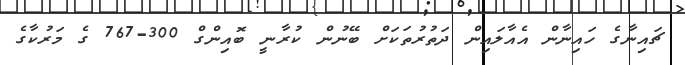
ޗައިނާގެ ހައިނާން އެއާލައިން ދަތުރުތަކަށް ބޭނުން ކުރާނީ ބޮއިންގް 300-767 ގެ މަރުކާގެ